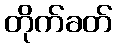
တိုက်ခတ်